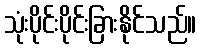
သုံးပိုင်းပိုင်းခြားနိုင်သည်။